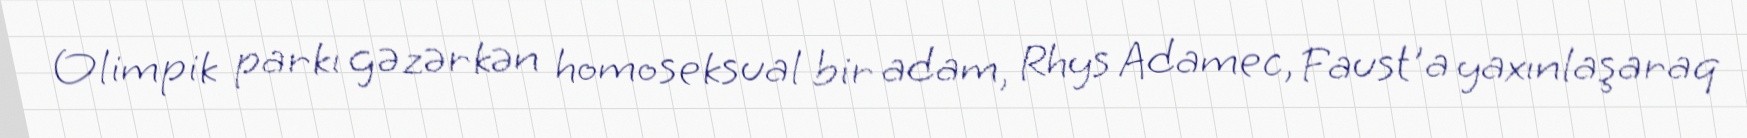
Olimpik parkı gəzərkən homoseksual bir adam, Rhys Adamec, Faust'a yaxınlaşaraq